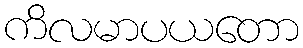
ကိလမာပယတော